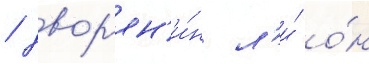
/ двор'ян'и́н л'и́ о́н